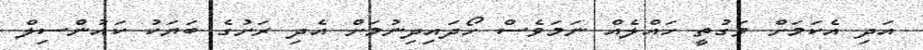
އަދި އެކަމަށް ވަގުތީ ހައްލެއް ނަމަވެސް ހޯދައިދިނުމަށް އެދި ރަށުގެ ބަޔަކު ކައުންސިލް